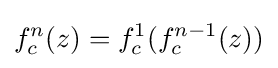
f_{c}^{n}(z)=f_{c}^{1}(f_{c}^{n-1}(z))